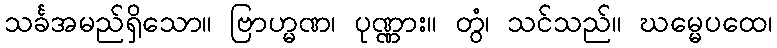
သင်္ခအမည်ရှိသော။ ဗြာဟ္မဏ၊ ပုဏ္ဏား။ တွံ၊ သင်သည်။ ဃမ္မေပထေ၊